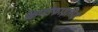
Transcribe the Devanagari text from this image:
क्रिप्टोफाइसिई